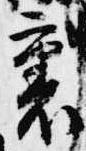
裏